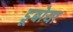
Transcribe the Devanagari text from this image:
डूबोया